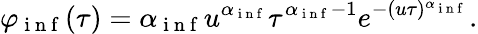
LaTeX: \varphi_{\mathrm{~i~n~f~}}(\tau)=\alpha_{\mathrm{~i~n~f~}}u^{\alpha_{\mathrm{~i~n~f~}}}\tau^{\alpha_{\mathrm{~i~n~f~}}-1}e^{-(u\tau)^{\alpha_{\mathrm{~i~n~f~}}}}.